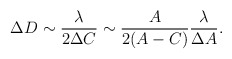
\begin{align*}\Delta D \sim \frac{\lambda}{2\Delta C} \sim \frac{A}{2(A-C)}\frac{\lambda}{\Delta A} .\end{align*}